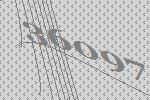
36097